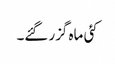
کئی ماہ گزر گئے۔